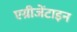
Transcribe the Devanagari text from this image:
एग्रीजेंटाइन